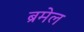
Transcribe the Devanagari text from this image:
ब्रमेल